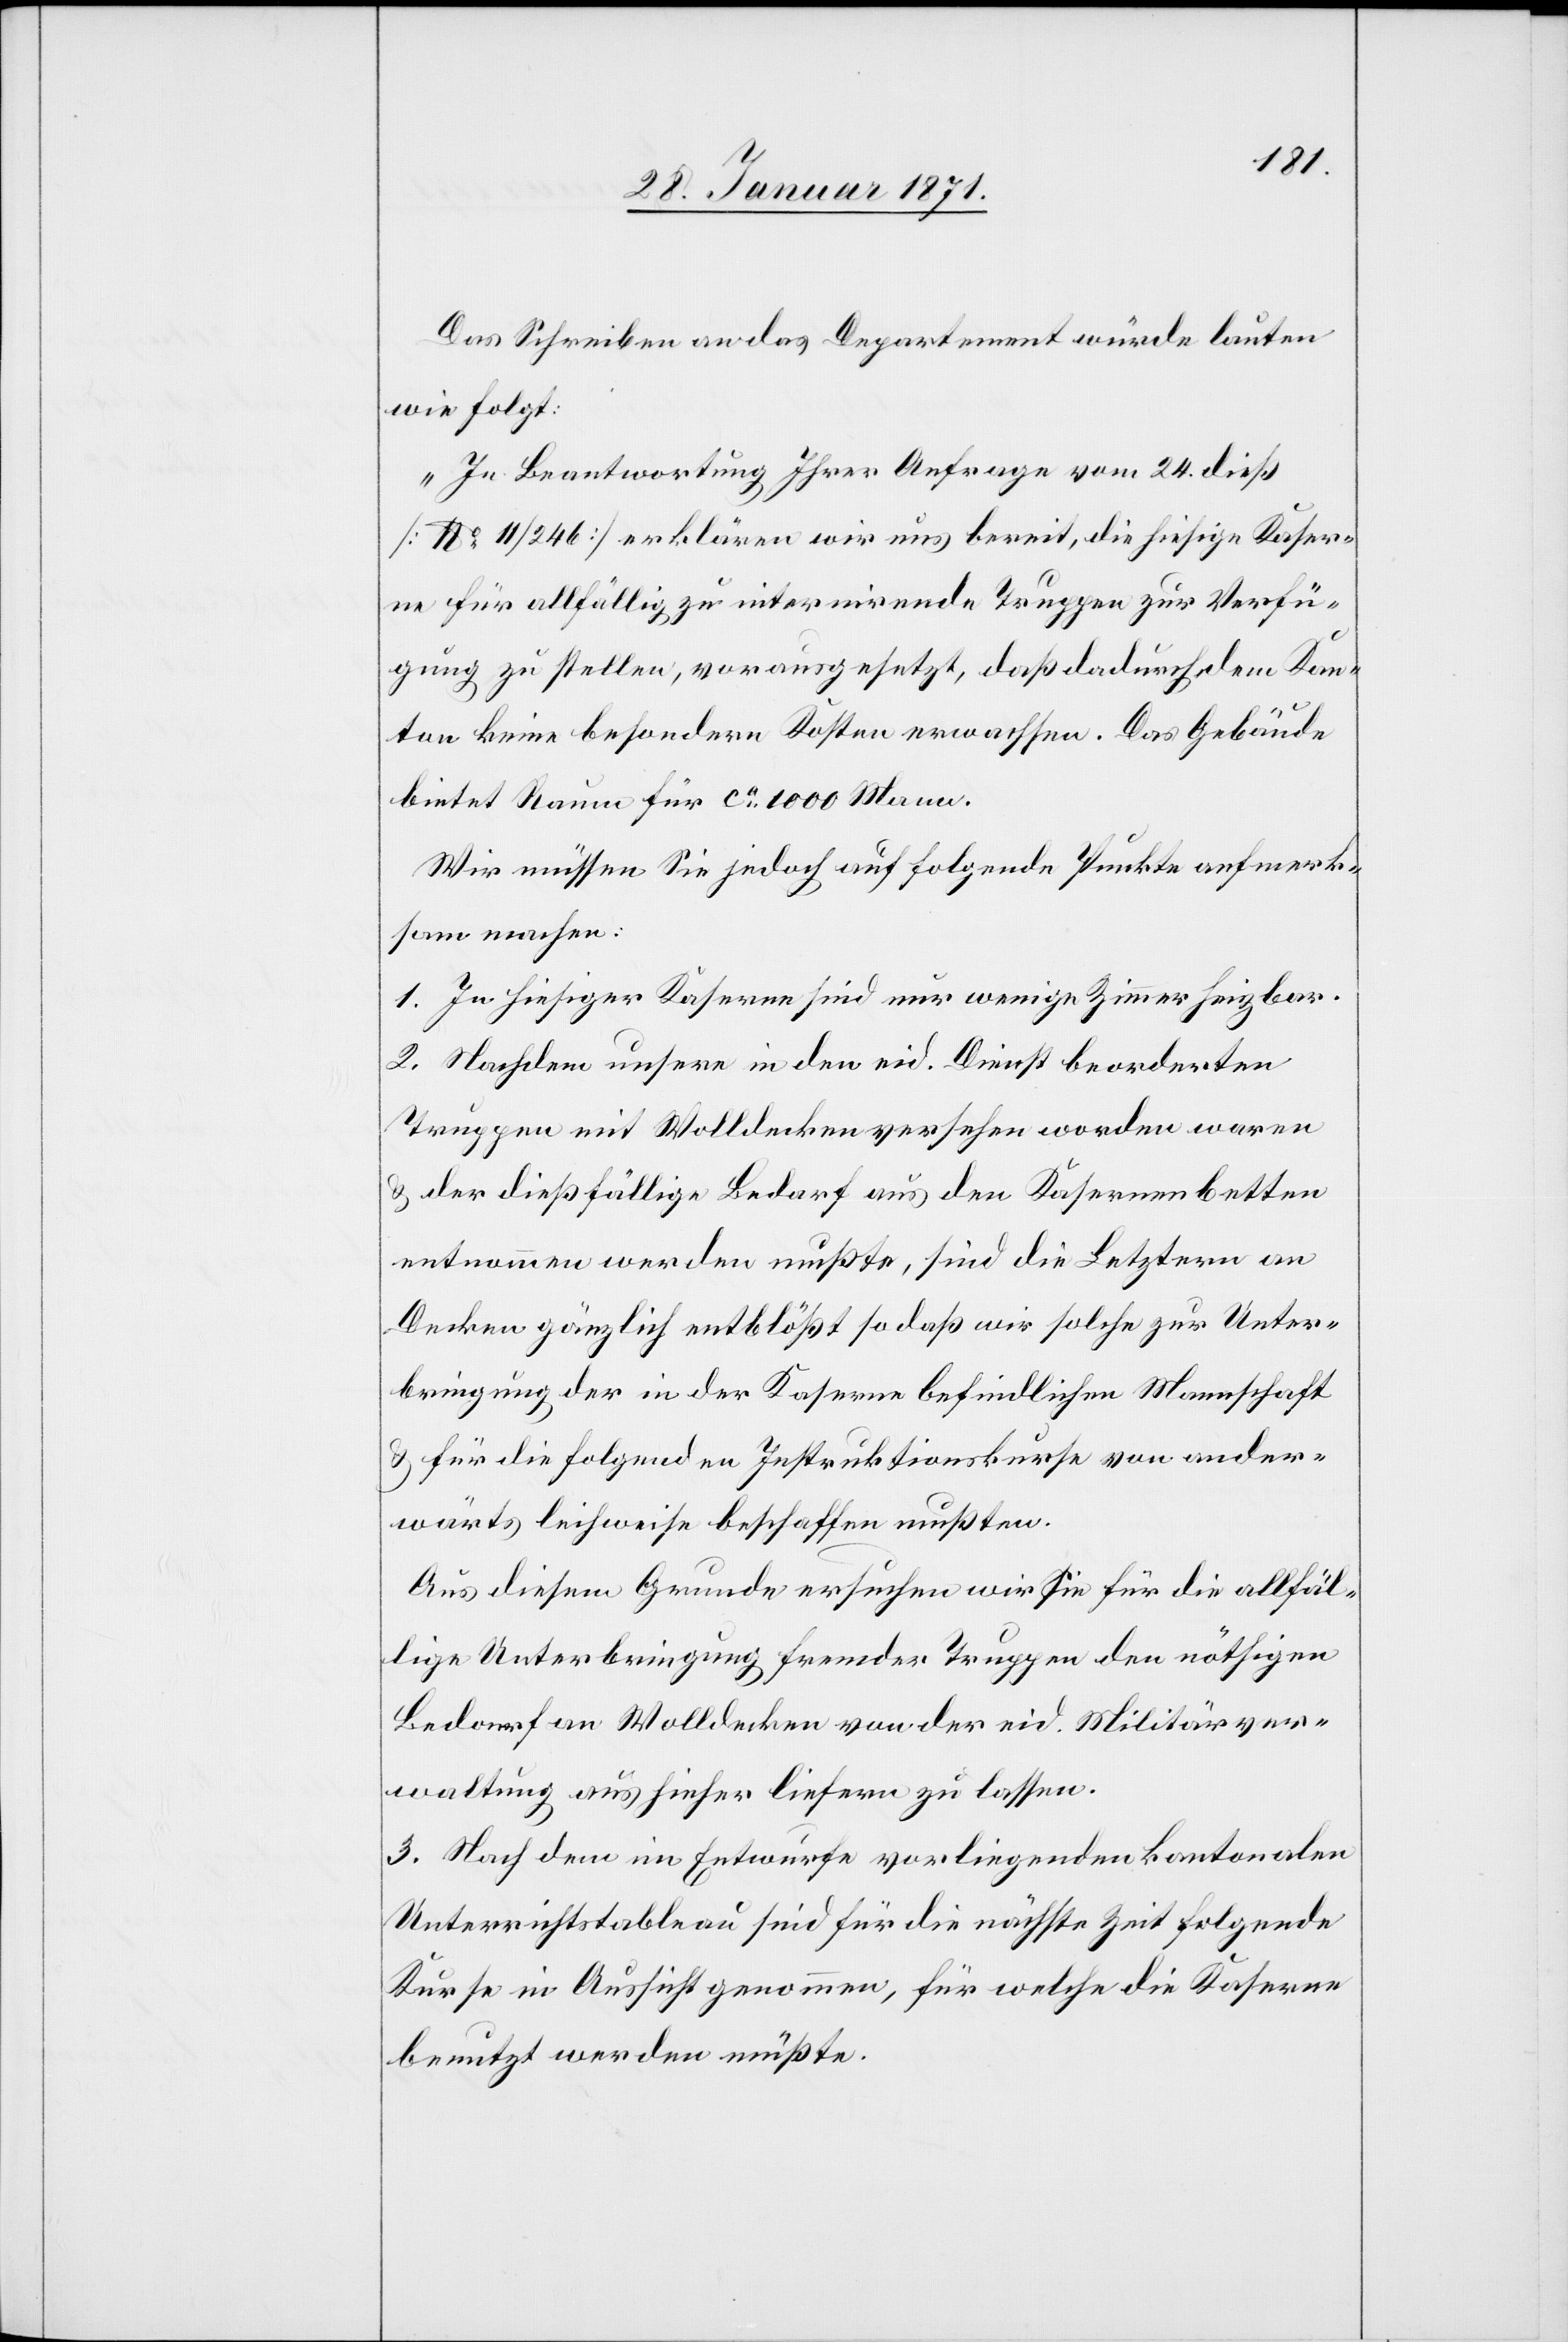
Das Schreiben an das Departement würde lauten
wie folgt:
„In Beantwortung Ihrer Anfrage vom 24. dieß
[No. 11/246] erklären wir uns bereit, die hiesige Kaser¬
ne für allfällig zu internirende Truppen zur Verfü¬
gung zu stellen, vorausgesetzt, daß dadurch dem Kan¬
ton keine besondern Kosten erwachsen. Das Gebäude
bietet Raum für ca. 1000 Mann.
Wir müssen Sie jedoch auf folgende Punkte aufmerk¬
sam machen:
1. In hiesiger Kaserne sind nur wenige Zimmer heizbar.
2. Nachdem unsere in den eid. Dienst beorderten
Truppen mit Wolldecken versehen worden waren
u. der dießfällige Bedarf aus den Kasernenbetten
entnommen werden mußte, sind die Letztern an
Decken gänzlich entblößt so daß wir solche zur Unter¬
bringung der in der Kaserne befindlichen Mannschaft
u. für die folgenden Instruktionskurse von ander¬
wärts leihweise beschaffen mußten.
Aus diesem Grunde ersuchen wir Sie für die allfäl¬
lige Unterbringung fremder Truppen den nöthigen
Bedarf an Wolldecken von der eid. Militärver¬
waltung aus hieher liefern zu lassen.
3. Nach dem im Entwurfe vorliegenden kantonalen
Unterrichtstableau sind für die nächste Zeit folgende
Kurse in Aussicht genommen, für welche die Kaserne
benutzt werden müßte.